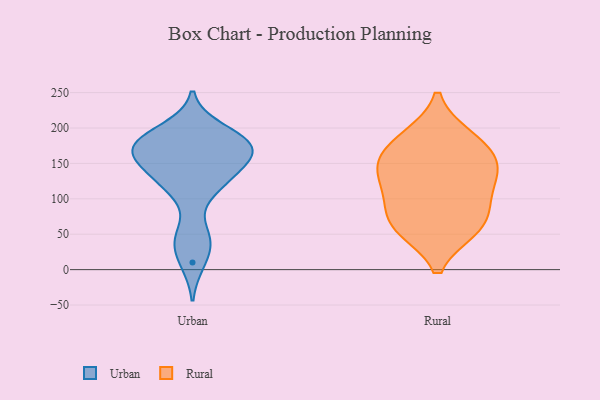
{"axis": {"x": "Gross Profit (USD K)", "y": "Value"}, "legend": ["Rural", "Urban"], "data": [{"x": "", "y": 166, "type": "Urban"}, {"x": "", "y": 180, "type": "Urban"}, {"x": "", "y": 198, "type": "Urban"}, {"x": "", "y": 115, "type": "Urban"}, {"x": "", "y": 43, "type": "Urban"}, {"x": "", "y": 167, "type": "Urban"}, {"x": "", "y": 170, "type": "Urban"}, {"x": "", "y": 44, "type": "Urban"}, {"x": "", "y": 10, "type": "Urban"}, {"x": "", "y": 177, "type": "Urban"}, {"x": "", "y": 122, "type": "Urban"}, {"x": "", "y": 187, "type": "Urban"}, {"x": "", "y": 164, "type": "Urban"}, {"x": "", "y": 144, "type": "Urban"}, {"x": "", "y": 131, "type": "Urban"}, {"x": "", "y": 160, "type": "Rural"}, {"x": "", "y": 61, "type": "Rural"}, {"x": "", "y": 98, "type": "Rural"}, {"x": "", "y": 146, "type": "Rural"}, {"x": "", "y": 183, "type": "Rural"}, {"x": "", "y": 61, "type": "Rural"}, {"x": "", "y": 187, "type": "Rural"}, {"x": "", "y": 100, "type": "Rural"}, {"x": "", "y": 135, "type": "Rural"}, {"x": "", "y": 138, "type": "Rural"}, {"x": "", "y": 58, "type": "Rural"}]}